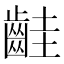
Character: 𪗹